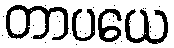
တာပယေ